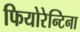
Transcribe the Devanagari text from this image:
फियोरेन्टिना